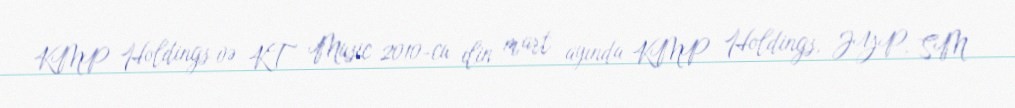
KMP Holdings və KT Music 2010-cu ilin mart ayında KMP Holdings, JYP, SM